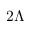
2 \Lambda